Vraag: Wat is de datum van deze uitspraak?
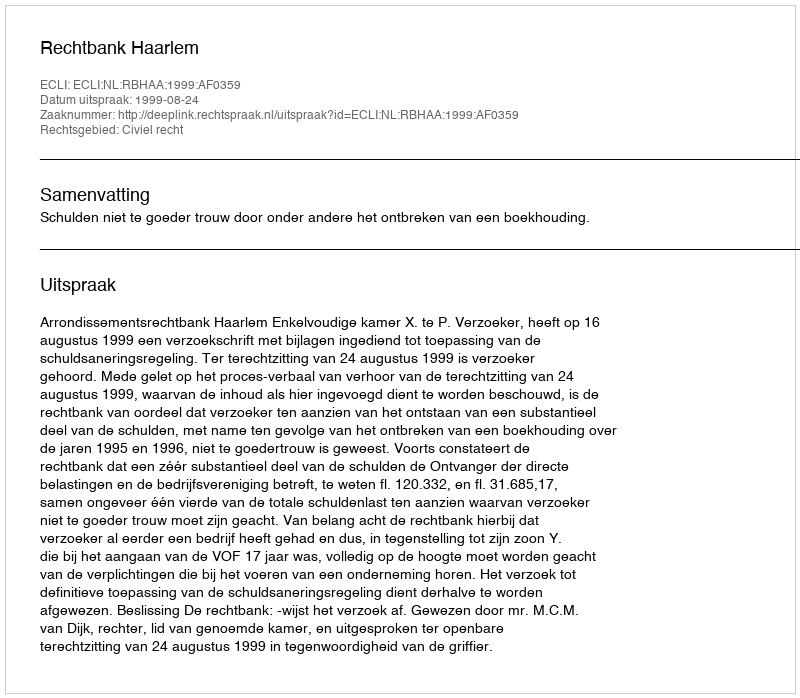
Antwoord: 1999-08-24